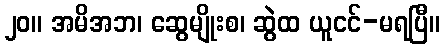
၂၀။ အမိအဘ၊ ဆွေမျိုးစ၊ ဆွဲထ ယူငင်-မရပြီ။